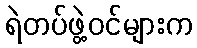
ရဲတပ်ဖွဲ့ဝင်များက